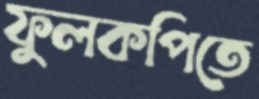
ফুলকপিতে